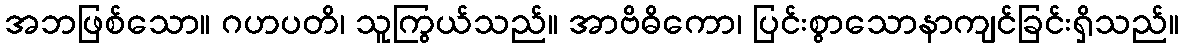
အဘဖြစ်သော။ ဂဟပတိ၊ သူကြွယ်သည်။ အာဗိဓိကော၊ ပြင်းစွာသောနာကျင်ခြင်းရှိသည်။